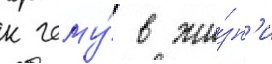
к чему́ в жи́зн'и